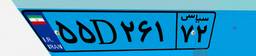
۵۵D۲۶۱۷۲